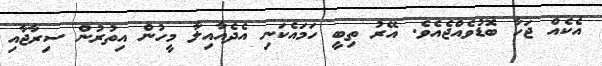
އެކެއް ޖަހާ ބޮޑުވެއްޖެއެވެ. އޭރު ތިބީ ހަމައެކަނި އެދެއާއިލާ މީހުން އިތުރުން ސިރާޖާއި